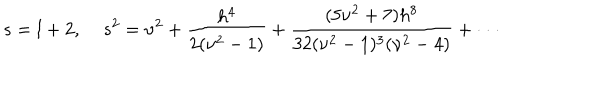
LaTeX: s = l + 2 , \; s ^ { 2 } = \nu ^ { 2 } + \frac { h ^ { 4 } } { 2 ( \nu ^ { 2 } - 1 ) } + \frac { ( 5 \nu ^ { 2 } + 7 ) h ^ { 8 } } { 3 2 ( \nu ^ { 2 } - 1 ) ^ { 3 } ( \nu ^ { 2 } - 4 ) } + \cdot \cdot \cdot